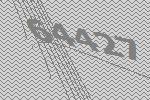
64427